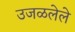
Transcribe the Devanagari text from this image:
उजळलेले